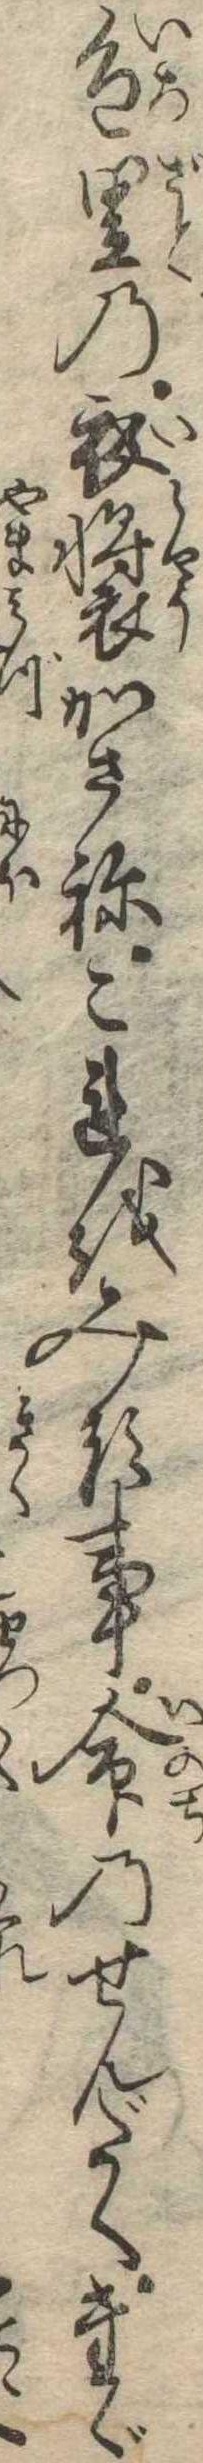
色里の衣装かさねこれをみる事命のせんだくたゞ